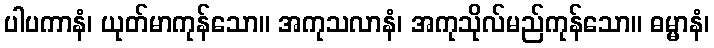
ပါပကာနံ၊ ယုတ်မာကုန်သော။ အကုသလာနံ၊ အကုသိုလ်မည်ကုန်သော။ ဓမ္မာနံ၊